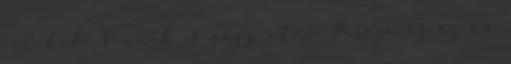
játékok. Vennék is vagy ötöt. Persze ez az én